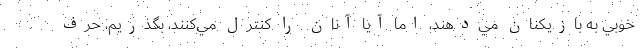
خوبي به بازيكنان مي‌دهند، اما آيا آنان را كنترل مي‌كنند، بگذريم، حرف